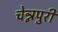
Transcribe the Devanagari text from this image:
चेन्नपुरी